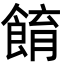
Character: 𩛭